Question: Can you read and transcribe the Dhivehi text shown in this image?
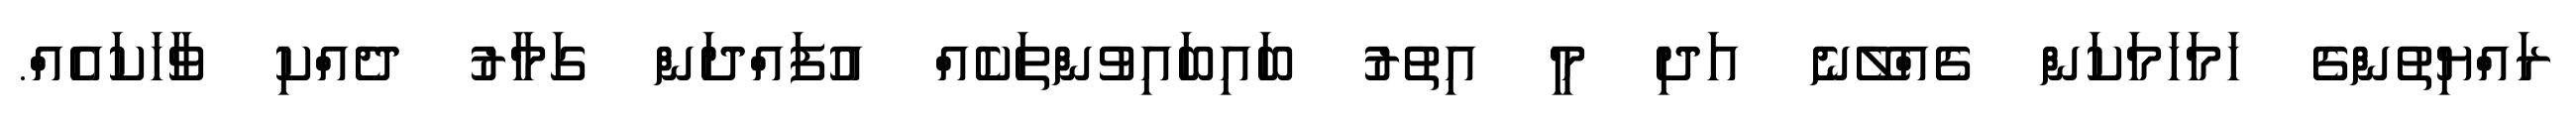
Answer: ރައްޔިތުންގެ ހަމަހަމަކަން ގެއްލޭނެ އަދި މީ އިތުރު ބައިބައިވުންތަކެއް އުފައްދަން ގަމާރު ދެއްކި ވާހަކައެއް.